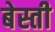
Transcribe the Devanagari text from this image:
बेस्ती